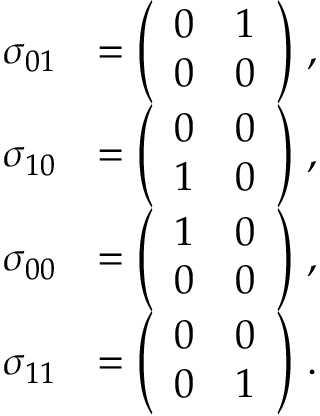
\begin{array} { r l } { \sigma _ { 0 1 } } & { = \left( \begin{array} { c c } { 0 } & { 1 } \\ { 0 } & { 0 } \end{array} \right) \, , } \\ { \sigma _ { 1 0 } } & { = \left( \begin{array} { c c } { 0 } & { 0 } \\ { 1 } & { 0 } \end{array} \right) \, , } \\ { \sigma _ { 0 0 } } & { = \left( \begin{array} { c c } { 1 } & { 0 } \\ { 0 } & { 0 } \end{array} \right) \, , } \\ { \sigma _ { 1 1 } } & { = \left( \begin{array} { c c } { 0 } & { 0 } \\ { 0 } & { 1 } \end{array} \right) \, . } \end{array}